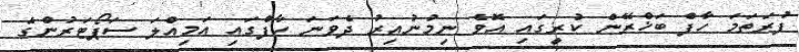
ފުރަތަމަ ހާފް ބަޚްރޭން ކުރީގައި އޮވެ ނިމުނުއިރު ދެވަނަ ހާފްގައި އަމިއްލަ ސަޕޯޓަރުންގެ